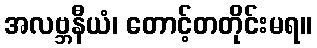
အလဗ္ဘနီယံ၊ တောင့်တတိုင်းမရ။